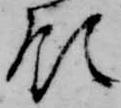
領